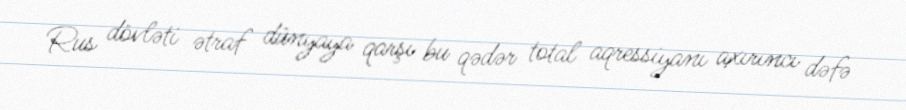
Rus dövləti ətraf dünyaya qarşı bu qədər total aqressiyanı axırıncı dəfə